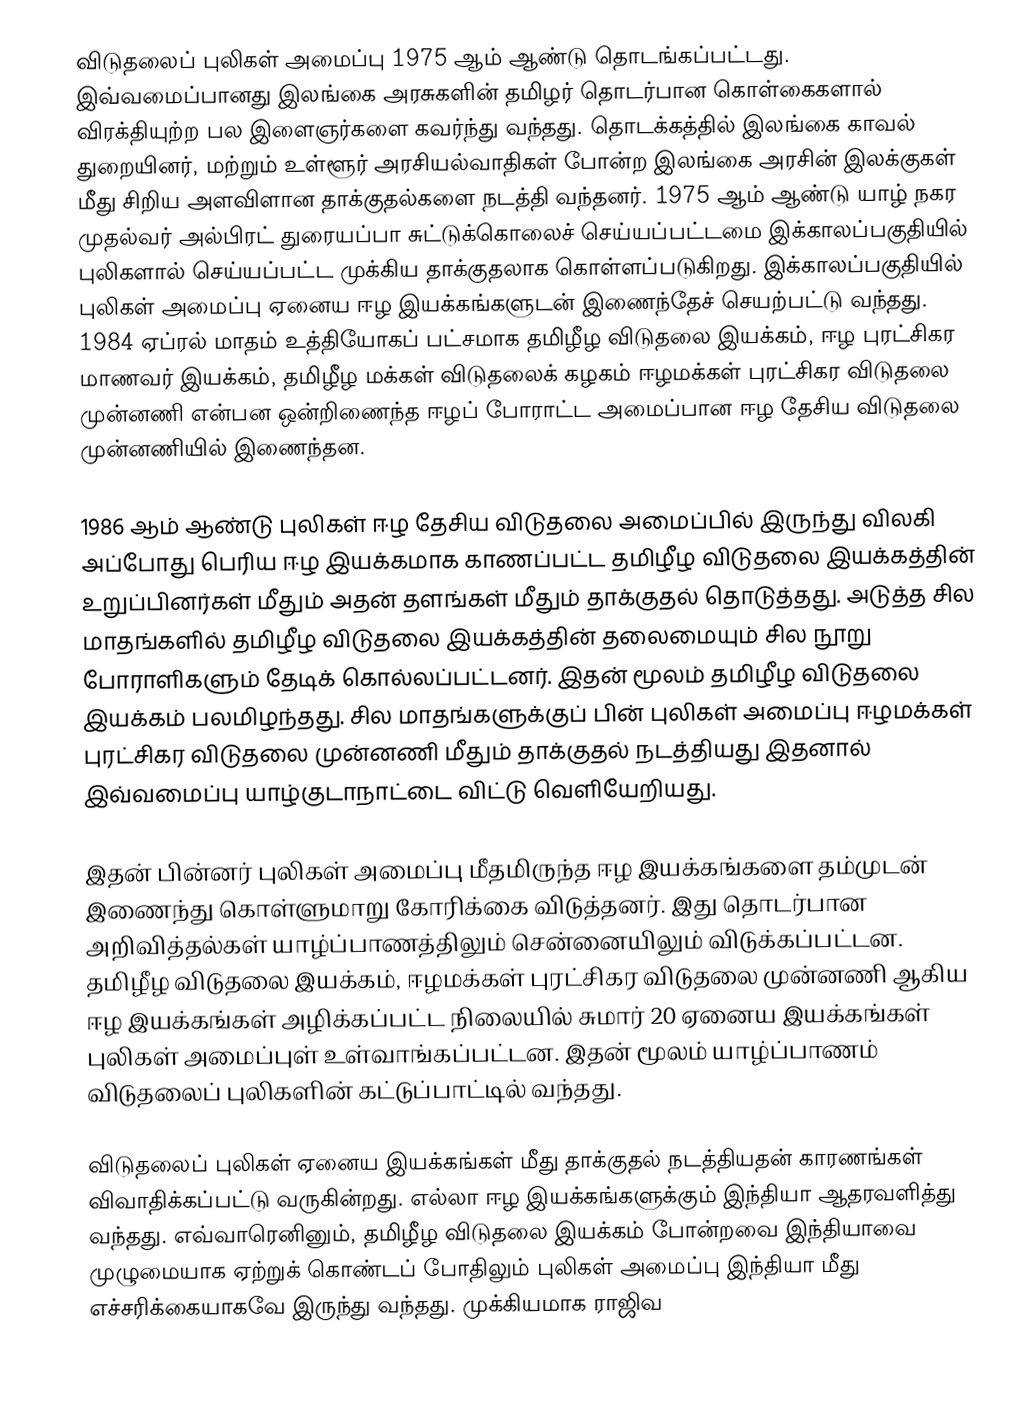
விடுதலைப் புலிகள் அமைப்பு 1975 ஆம் ஆண்டு தொடங்கப்பட்டது. இவ்வமைப்பானது இலங்கை அரசுகளின் தமிழர் தொடர்பான கொள்கைகளால் விரக்தியுற்ற பல இளைஞர்களை கவர்ந்து வந்தது. தொடக்கத்தில் இலங்கை காவல் துறையினர், மற்றும் உள்ளூர் அரசியல்வாதிகள் போன்ற இலங்கை அரசின் இலக்குகள் மீது சிறிய அளவிளான தாக்குதல்களை நடத்தி வந்தனர். 1975 ஆம் ஆண்டு யாழ் நகர முதல்வர் அல்பிரட் துரையப்பா சுட்டுக்கொலைச் செய்யப்பட்டமை இக்காலப்பகுதியில் புலிகளால் செய்யப்பட்ட முக்கிய தாக்குதலாக கொள்ளப்படுகிறது. இக்காலப்பகுதியில் புலிகள் அமைப்பு ஏனைய ஈழ இயக்கங்களுடன் இணைந்தேச் செயற்பட்டு வந்தது. 1984 ஏப்ரல் மாதம் உத்தியோகப் பட்சமாக தமிழீழ விடுதலை இயக்கம், ஈழ புரட்சிகர மாணவர் இயக்கம், தமிழீழ மக்கள் விடுதலைக் கழகம் ஈழமக்கள் புரட்சிகர விடுதலை முன்னணி என்பன ஒன்றிணைந்த ஈழப் போராட்ட அமைப்பான ஈழ தேசிய விடுதலை முன்னணியில் இணைந்தன.

1986 ஆம் ஆண்டு புலிகள் ஈழ தேசிய விடுதலை அமைப்பில் இருந்து விலகி அப்போது பெரிய ஈழ இயக்கமாக காணப்பட்ட தமிழீழ விடுதலை இயக்கத்தின் உறுப்பினர்கள் மீதும் அதன் தளங்கள் மீதும் தாக்குதல் தொடுத்தது. அடுத்த சில மாதங்களில் தமிழீழ விடுதலை இயக்கத்தின் தலைமையும் சில நூறு போராளிகளும் தேடிக் கொல்லப்பட்டனர். இதன் மூலம் தமிழீழ விடுதலை இயக்கம் பலமிழந்தது. சில மாதங்களுக்குப் பின் புலிகள் அமைப்பு ஈழமக்கள் புரட்சிகர விடுதலை முன்னணி மீதும் தாக்குதல் நடத்தியது இதனால் இவ்வமைப்பு யாழ்குடாநாட்டை விட்டு வெளியேறியது.

இதன் பின்னர் புலிகள் அமைப்பு மீதமிருந்த ஈழ இயக்கங்களை தம்முடன் இணைந்து கொள்ளுமாறு கோரிக்கை விடுத்தனர். இது தொடர்பான அறிவித்தல்கள் யாழ்ப்பாணத்திலும் சென்னையிலும் விடுக்கப்பட்டன. தமிழீழ விடுதலை இயக்கம், ஈழமக்கள் புரட்சிகர விடுதலை முன்னணி ஆகிய ஈழ இயக்கங்கள் அழிக்கப்பட்ட நிலையில் சுமார் 20 ஏனைய இயக்கங்கள் புலிகள் அமைப்புள் உள்வாங்கப்பட்டன. இதன் மூலம் யாழ்ப்பாணம் விடுதலைப் புலிகளின் கட்டுப்பாட்டில் வந்தது.

விடுதலைப் புலிகள் ஏனைய இயக்கங்கள் மீது தாக்குதல் நடத்தியதன் காரணங்கள் விவாதிக்கப்பட்டு வருகின்றது. எல்லா ஈழ இயக்கங்களுக்கும் இந்தியா ஆதரவளித்து வந்தது. எவ்வாரெனினும், தமிழீழ விடுதலை இயக்கம் போன்றவை இந்தியாவை முழுமையாக ஏற்றுக் கொண்டப் போதிலும் புலிகள் அமைப்பு இந்தியா மீது எச்சரிக்கையாகவே இருந்து வந்தது. முக்கியமாக ராஜிவ